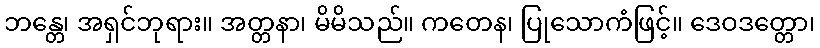
ဘန္တေ၊ အရှင်ဘုရား။ အတ္တနာ၊ မိမိသည်။ ကတေန၊ ပြုသောကံဖြင့်။ ဒေဝဒတ္တော၊